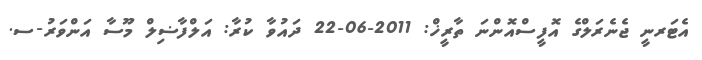
އެޓަރނީ ޖެނެރަލްގެ އޮފީސްއޮންނަ ތާރީޚް: 2011-06-22 ދައުވާ ކުރާ: އަލްފާޟިލް މޫސާ އަންވަރު-ސ.